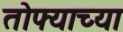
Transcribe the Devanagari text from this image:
तोफ्याच्या